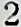
2